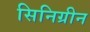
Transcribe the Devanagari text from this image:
सिनिग्रीन